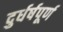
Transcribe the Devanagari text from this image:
दुर्धर्षपूर्ण